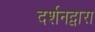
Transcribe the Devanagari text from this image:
दर्शनद्वारा